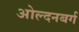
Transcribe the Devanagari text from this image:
ओल्दनबर्ग